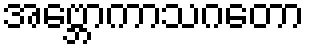
အဗ္ဘောကာသဂတော